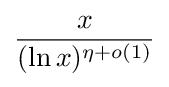
{\frac {x}{(\ln x)^{\eta +o(1)}}}